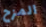
المزح